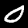
Label: 0